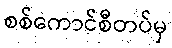
စစ်ကောင်စီတပ်မှ